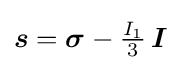
{\boldsymbol {s}}={\boldsymbol {\sigma }}-{\tfrac {I_{1}}{3}}\,{\boldsymbol {I}}